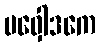
ဗဝှေါဒကေ